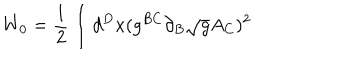
LaTeX: W _ { 0 } = \frac { 1 } { 2 } \int d ^ { D } x ( g ^ { B C } \partial _ { B } \sqrt { g } A _ { C } ) ^ { 2 }